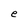
Character: e